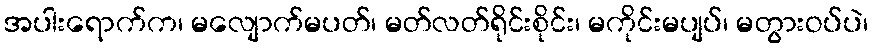
အပါးရောက်က၊ မလျောက်မပတ်၊ မတ်လတ်ရိုင်းစိုင်း၊ မကိုင်းမပျပ်၊ မတွားဝပ်ပဲ၊